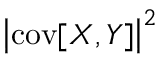
\bigl \vert \operatorname { c o v } [ X , Y ] \bigr \vert ^ { 2 }